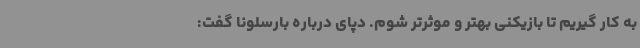
به کار گیریم تا بازیکنی بهتر و موثرتر شوم. دپای درباره بارسلونا گفت: